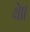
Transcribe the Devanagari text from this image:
थे॥